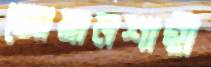
জোয়ানশাহী